Document type: Confirmation
Year: 1374
Scribe: Ramon Camat
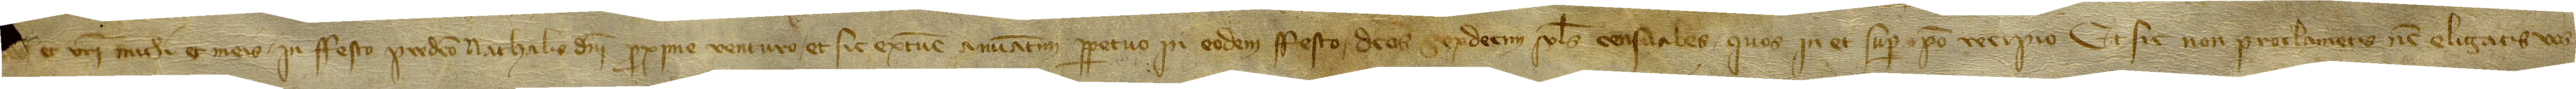
[vos] et vestri michi et meis in festo predicto Nathalis Domini proxime venturo, et sic ex tunc annuatim perpetuo in eodem festo, dictos sexdecim solidos censuales quos in et super ipso recipio. Et sic non proclametis nec eligatis vos